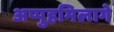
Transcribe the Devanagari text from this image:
अप्पुहमिलागे